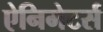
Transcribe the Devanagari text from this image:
ऐनिमेटर्स